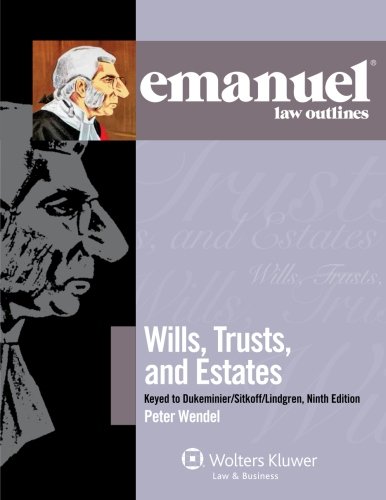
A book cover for Emanuel Law Outlines: Wills, Trusts, and Estates Keyed to Dukeminier and Sitkoff; Peter Wendel; Law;